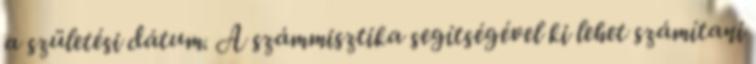
a születési dátum. A számmisztika segítségével ki lehet számítani